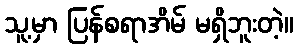
သူ့မှာ ပြန်စရာအိမ် မရှိဘူးတဲ့။